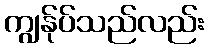
ကျွန်ုပ်သည်လည်း